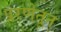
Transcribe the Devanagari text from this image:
प्ररणेतून